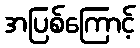
အပြစ်ကြောင့်